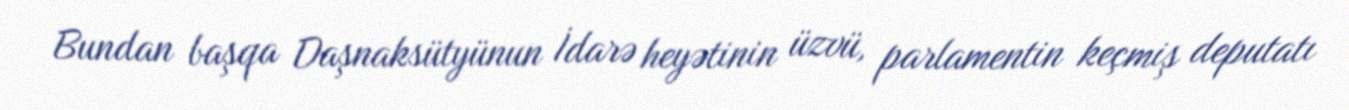
Bundan başqa Daşnaksütyünun İdarə heyətinin üzvü, parlamentin keçmiş deputatı